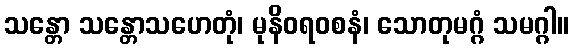
သန္တော သန္တောသဟေတုံ၊ မုနိဝရ၀စနံ၊ သောတုမဂ္ဂံ သမဂ္ဂါ။